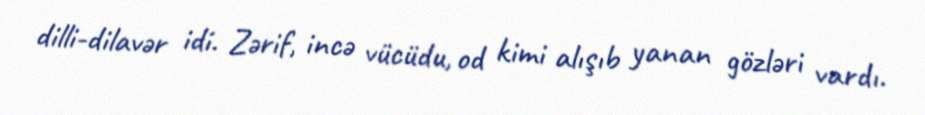
dilli-dilavər idi. Zərif, incə vücüdu, od kimi alışıb yanan gözləri vardı.